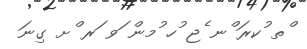
ްތ ުކރަ ްނ ެޖ ުހ ުމން ަވ ަރ ްށ ގިނަ